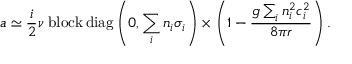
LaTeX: a \simeq \frac { i } { 2 } \nu \; \mathrm { b l o c k \, d i a g } \left( 0 , \sum _ { i } n _ { i } \sigma _ { i } \right) \times \left( 1 - \frac { g \sum _ { i } n _ { i } ^ { 2 } c _ { i } ^ { 2 } } { 8 \pi r } \right) .